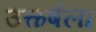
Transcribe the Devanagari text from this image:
उत्कर्षला